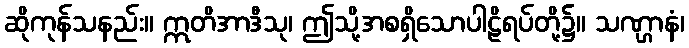
ဆိုကုန်သနည်း။ ဣတိအာဒီသု၊ ဤသို့အစရှိသောပါဠိရပ်တို့၌။ သဏ္ဌာနံ၊